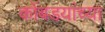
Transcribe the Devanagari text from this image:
कोंबडयांच्या